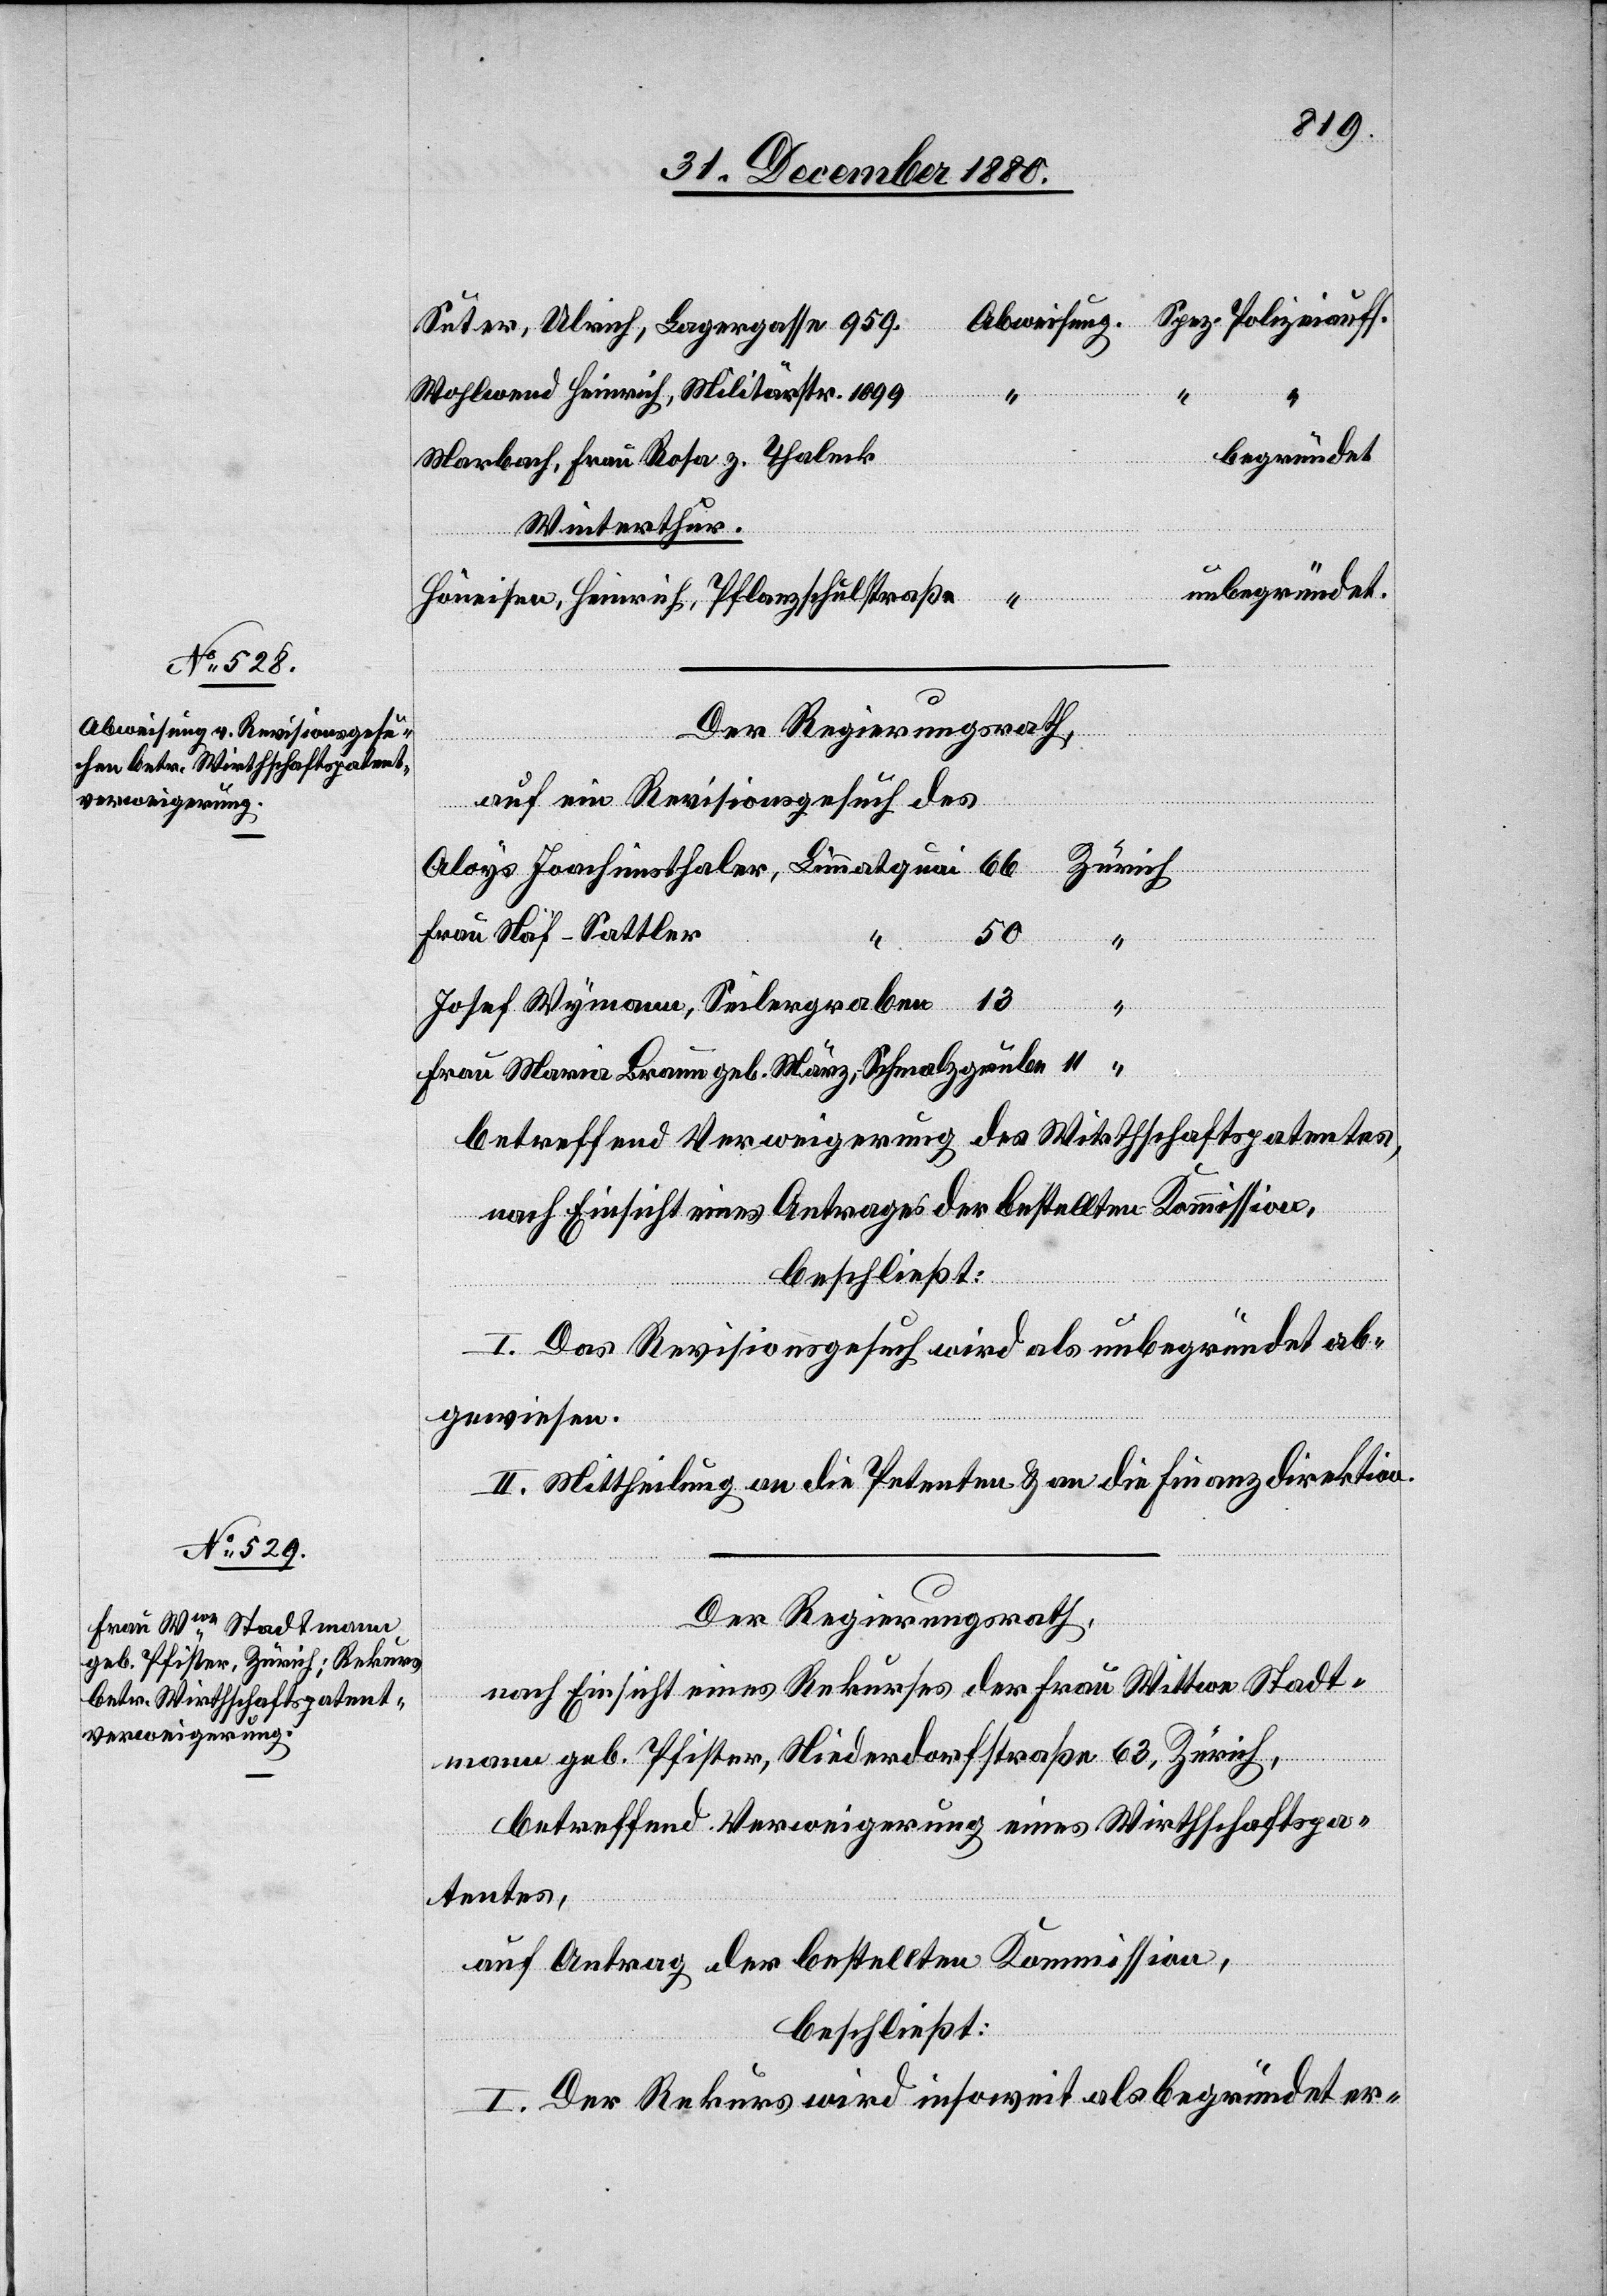
Suter, Ulrich, Lagergasse 959.
Wohlwend Heinrich, Militärstr. 1099
“
begründet
Marbach, Frau Rosa z. Thaleck
Winterthur.
unbegründet.
Höneisen, Heinrich, Pflanzschulstraße
Der Regierungsrath,
auf ein Revisionsgesuch des
Frau Näf-Sattler
50
betreffend Verweigerung des Wirthschaftspatentes,
nach Einsicht eines Antrages der bestellten Kommission,
beschließt:
Braun
I. Das Revisionsgesuch wird als unbegründet ab¬
gewiesen.
II. Mittheilung an die Petenten & an die Finanzdirektion.
Der Regierungsrath,
nach Einsicht eines Rekurses der Frau Wittwe Stadt¬
mann geb. Pfister, Niederdorfstraße 63, Zürich,
betreffend Verweigerung eines Wirthschaftspa¬
tentes,
auf Antrag der bestellten Kommission,
beschließt:
I. Der Rekurs wird insoweit als begründet er-